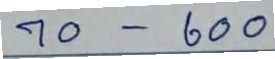
70 - 600